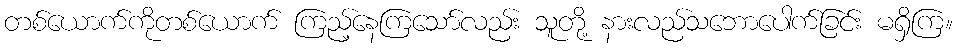
တစ်ယောက်ကိုတစ်ယောက် ကြည့်နေကြသော်လည်း သူတို့ နားလည်သဘောပေါက်ခြင်း မရှိကြ။